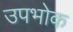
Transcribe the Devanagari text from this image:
उपभोक